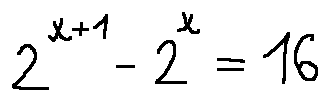
2 ^ { x + 1 } - 2 ^ { x } = 1 6